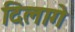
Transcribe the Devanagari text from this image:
दिलागे